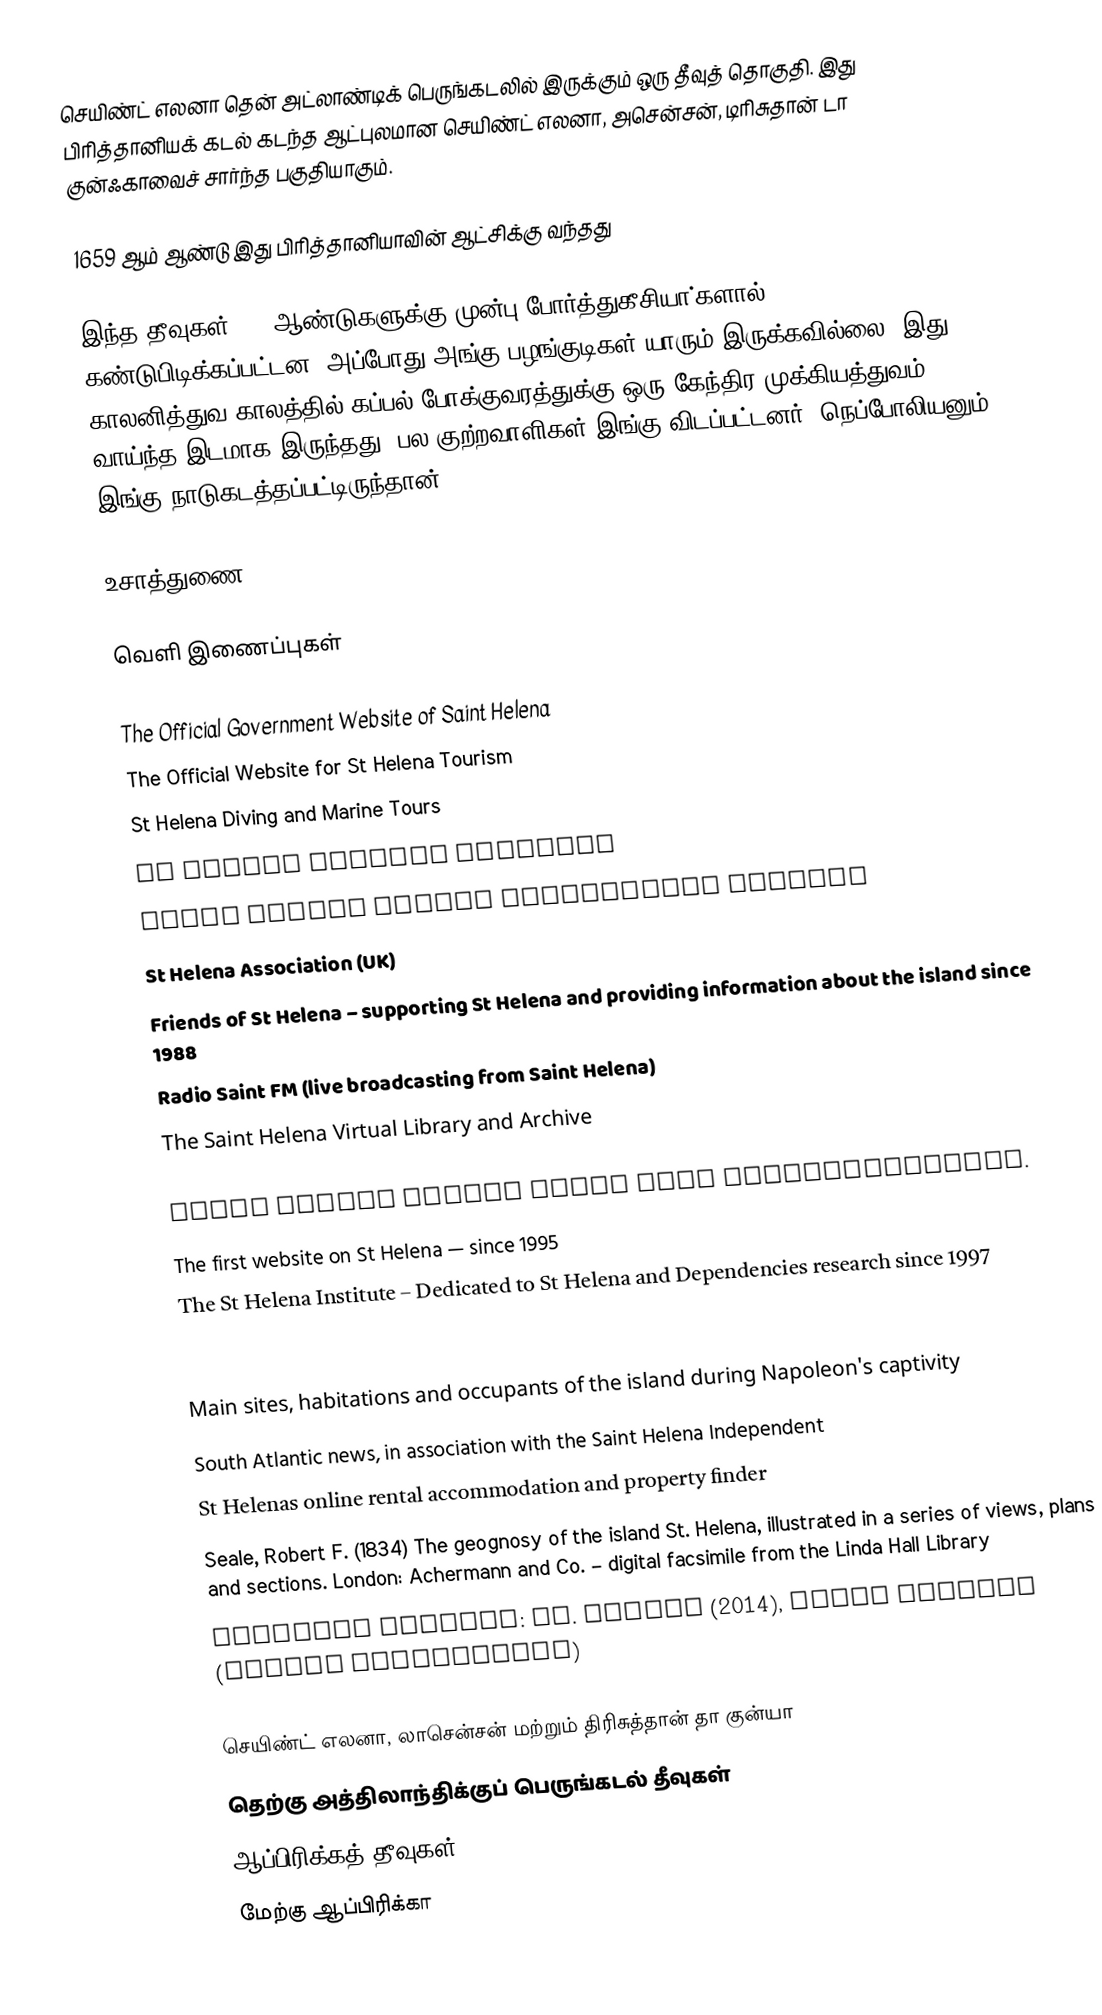
செயிண்ட் எலனா தென் அட்லாண்டிக் பெருங்கடலில் இருக்கும் ஒரு தீவுத் தொகுதி. இது பிரித்தானியக் கடல் கடந்த ஆட்புலமான செயிண்ட் எலனா, அசென்சன்,  டிரிசுதான் டா குன்ஃகாவைச் சார்ந்த பகுதியாகும்.

1659 ஆம் ஆண்டு இது பிரித்தானியாவின் ஆட்சிக்கு வந்தது

இந்த தீவுகள் 500 ஆண்டுகளுக்கு முன்பு போர்த்துகீசியா்களால் கண்டுபிடிக்கப்பட்டன. அப்போது அங்கு பழங்குடிகள் யாரும் இருக்கவில்லை. இது காலனித்துவ காலத்தில் கப்பல் போக்குவரத்துக்கு ஒரு கேந்திர முக்கியத்துவம் வாய்ந்த இடமாக இருந்தது. பல குற்றவாளிகள் இங்கு விடப்பட்டனர். நெப்போலியனும் இங்கு நாடுகடத்தப்பட்டிருந்தான். .

உசாத்துணை

வெளி இணைப்புகள்

 The Official Government Website of Saint Helena
  The Official Website for St Helena Tourism
  St Helena Diving and Marine Tours
  St Helena fishing Charters
 Saint Helena Island Information website
 St Helena Association (UK)
 Friends of St Helena – supporting St Helena and providing information about the island since 1988
 Radio Saint FM (live broadcasting from Saint Helena)
 The Saint Helena Virtual Library and Archive

 Saint Helena Travel Guide from Travellerspoint.
 The first website on St Helena — since 1995
 The St Helena Institute – Dedicated to St Helena and Dependencies research since 1997
 BBC News: Life on one of the world's most remote islands

 Main sites, habitations and occupants of the island during Napoleon's captivity
  South Atlantic news, in association with the Saint Helena Independent
 St Helenas online rental accommodation and property finder
 Seale, Robert F. (1834) The geognosy of the island St. Helena, illustrated in a series of views, plans and sections. London: Achermann and Co. – digital facsimile from the Linda Hall Library
 Isolated Islands: St. Helena  (2014), Globe Trekker (Travel Documentory)

செயிண்ட் எலனா, லாசென்சன் மற்றும் திரிசுத்தான் தா குன்யா
தெற்கு அத்திலாந்திக்குப் பெருங்கடல் தீவுகள்
ஆப்பிரிக்கத் தீவுகள்
மேற்கு ஆப்பிரிக்கா